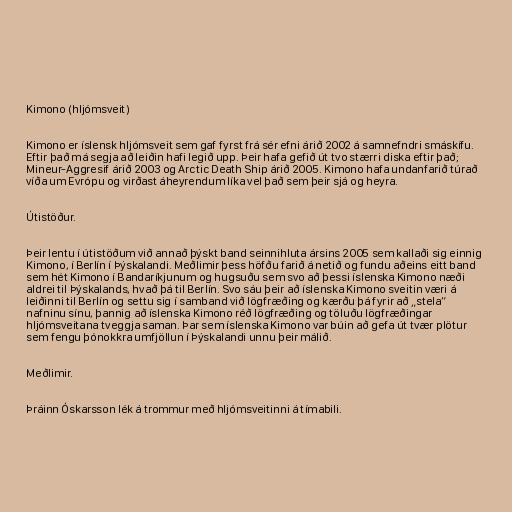
Kimono (hljómsveit)

Kimono er íslensk hljómsveit sem gaf fyrst frá sér efni árið 2002 á samnefndri smáskífu.
Eftir það má segja að leiðin hafi legið upp. Þeir hafa gefið út tvo stærri diska eftir það;
Mineur-Aggresif árið 2003 og Arctic Death Ship árið 2005. Kimono hafa undanfarið túrað
víða um Evrópu og virðast áheyrendum líka vel það sem þeir sjá og heyra.

Útistöður.

Þeir lentu í útistöðum við annað þýskt band seinnihluta ársins 2005 sem kallaði sig einnig
Kimono, í Berlín í Þýskalandi. Meðlimir þess höfðu farið á netið og fundu aðeins eitt band
sem hét Kimono í Bandaríkjunum og hugsuðu sem svo að þessi íslenska Kimono næði
aldrei til Þýskalands, hvað þá til Berlín. Svo sáu þeir að íslenska Kimono sveitin væri á
leiðinni til Berlín og settu sig í samband við lögfræðing og kærðu þá fyrir að „stela“
nafninu sínu, þannig að íslenska Kimono réð lögfræðing og töluðu lögfræðingar
hljómsveitana tveggja saman. Þar sem íslenska Kimono var búin að gefa út tvær plötur
sem fengu þónokkra umfjöllun í Þýskalandi unnu þeir málið.

Meðlimir.

Þráinn Óskarsson lék á trommur með hljómsveitinni á tímabili.